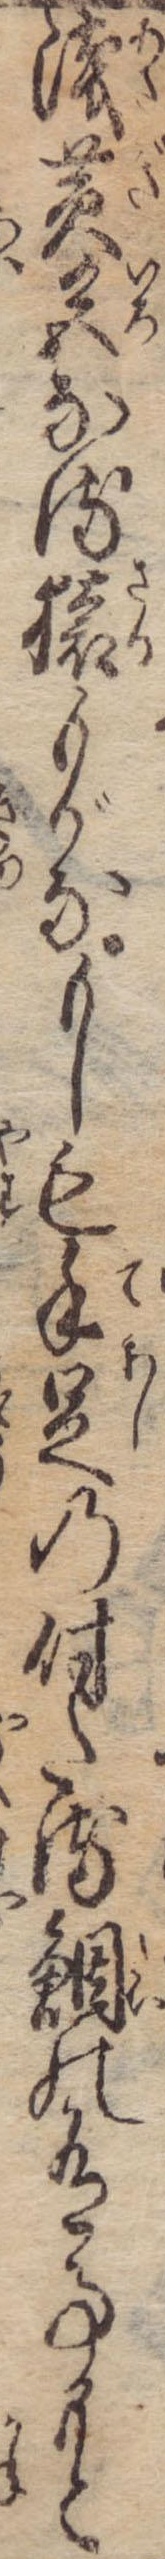
浅黄色なる猿もがなもしも手足の付たる鯛の有事もと